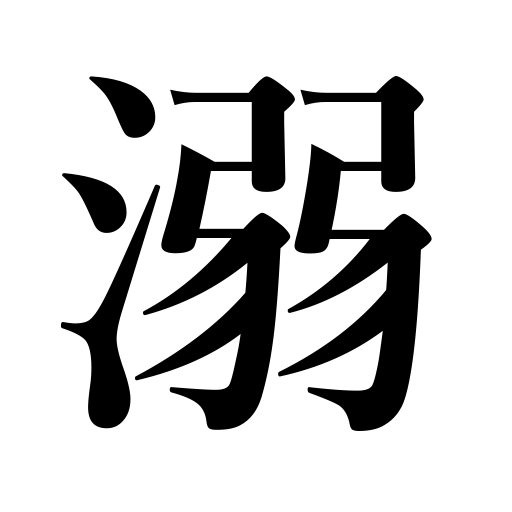
Meanings: drown,indulge in